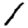
Digit: 1